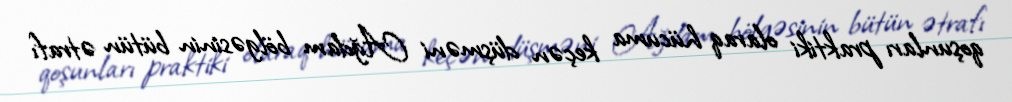
qoşunları praktiki olaraq hücuma keçən düşməni Ağdam bölgəsinin bütün ətrafı